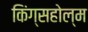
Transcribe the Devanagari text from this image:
किंग्सहोल्म